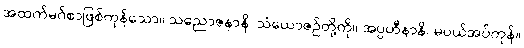
အထက်မဂ်စာဖြစ်ကုန်သော။ သညောဇနာနိ၊ သံယောဇဉ်တို့ကို။ အပ္ပဟီနာနိ၊ မပယ်အပ်ကုန်။